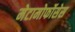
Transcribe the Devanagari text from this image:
मेटामोर्फोसेस